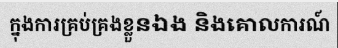
ក្នុងការគ្រប់គ្រងខ្លួនឯង និងគោលការណ៍